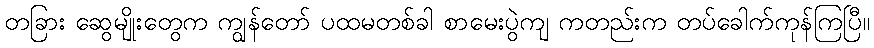
တခြား ဆွေမျိုးတွေက ကျွန်တော် ပထမတစ်ခါ စာမေးပွဲကျ ကတည်းက တပ်ခေါက်ကုန်ကြပြီ။